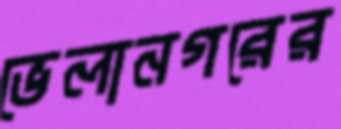
ভেলানগরের